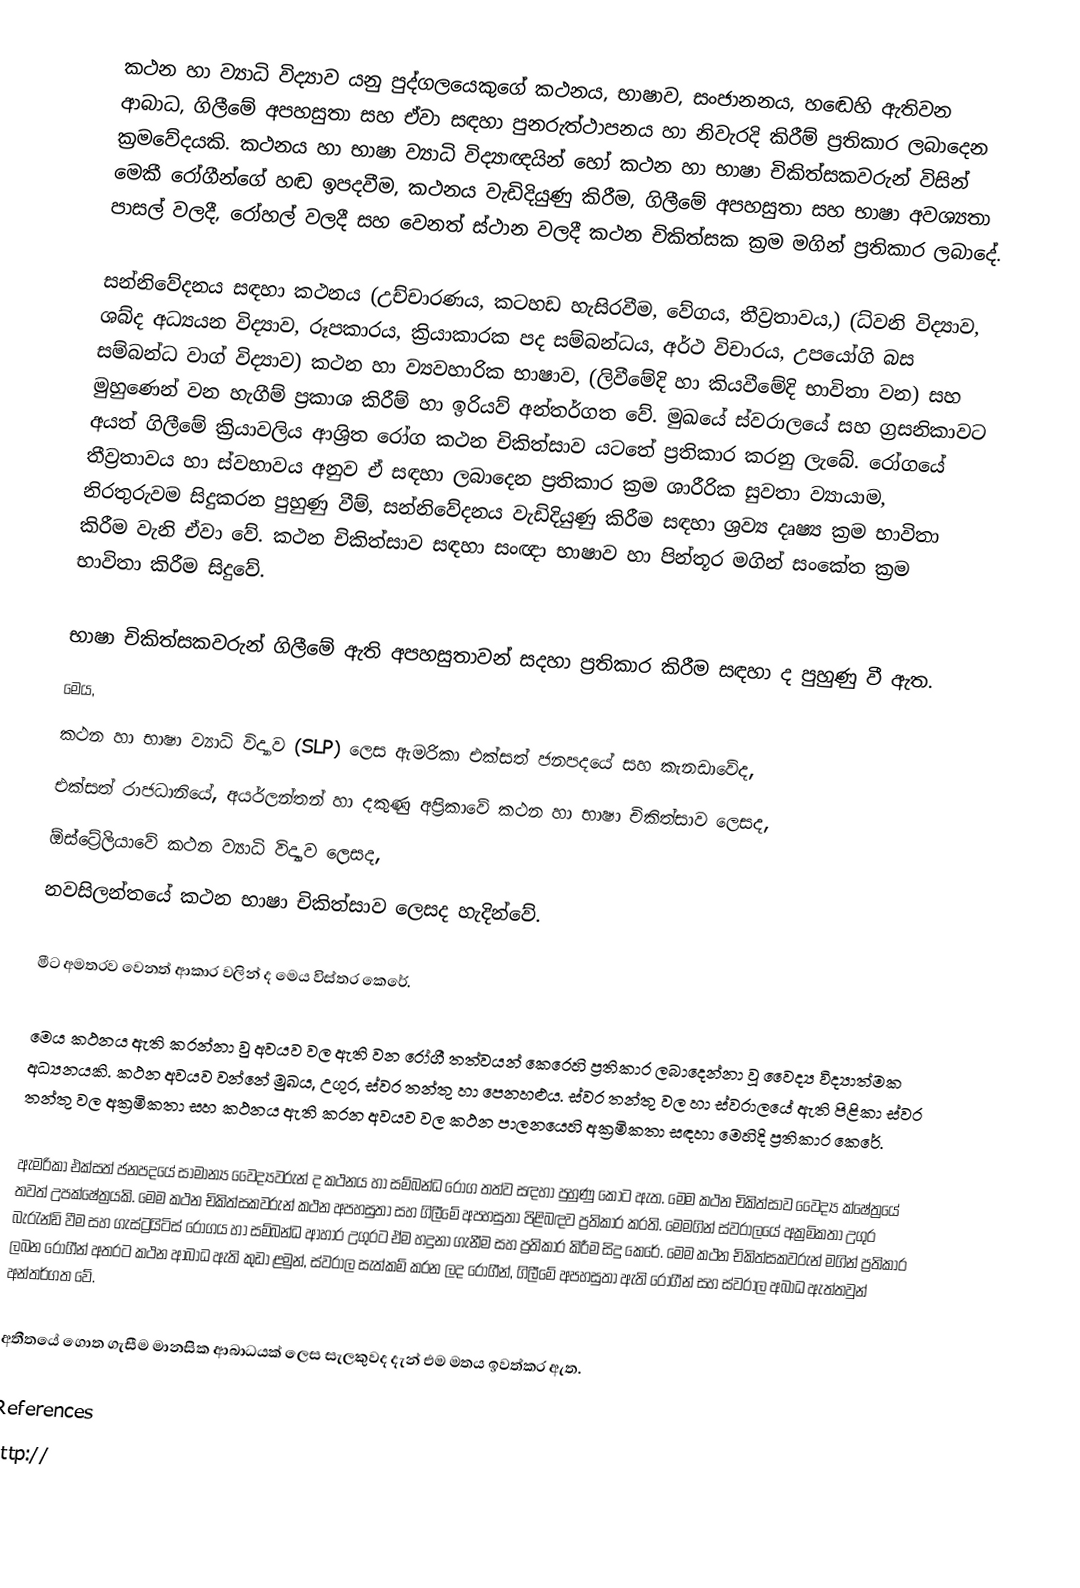
කථන හා ව්‍යාධි විද්‍යාව යනු පුද්ගලයෙකුගේ කථනය, භාෂාව, සංජානනය, හඬෙහි ඇතිවන ආබාධ, ගිලීමේ අපහසුතා සහ ඒවා සඳහා පුනරුත්ථාපනය හා නිවැරදි කිරීම් ප්‍රතිකාර ලබාදෙන  ක්‍රමවේදයකි.  කථනය හා භාෂා ව්‍යාධි විද්‍යාඥයින් හෝ  කථන හා භාෂා චිකිත්සකවරුන් විසින් මෙකී රෝගීන්ගේ හඬ ඉපදවීම, කථනය වැඩිදියුණු කිරීම, ගිලීමේ අපහසුතා සහ භාෂා අවශ්‍යතා පාසල් වලදී, රෝහල් වලදී සහ වෙනත් ස්ථාන වලදී කථන චිකිත්සක ක්‍රම මගින් ප්‍රතිකාර ලබාදේ.

සන්නිවේදනය සඳහා කථනය (උච්චාරණය, කටහඩ හැසිරවීම, වේගය, තීව්‍රතාවය,) (ධ්වනි විද්‍යාව, ශබ්ද අධ්‍යයන විද්‍යාව, රූපකාරය, ක්‍රියාකාරක පද සම්බන්ධය, අර්ථ විචාරය, උපයෝගි බස සම්බන්ධ වාග් විද්‍යාව) කථන හා ව්‍යවහාරික භාෂාව, (ලිවීමේදි හා කියවීමේදි භාවිතා වන) සහ මුහුණෙන් වන හැගීම් ප්‍රකාශ කිරීම් හා ඉරියව් අන්තර්ගත වේ. මුඛයේ ස්වරාලයේ සහ ග්‍රසනිකාවට අයත් ගිලීමේ ක්‍රියාවලිය ආශ්‍රිත රෝග කථන චිකිත්සාව යටතේ ප්‍රතිකාර කරනු ලැබේ. රෝගයේ  තීව්‍රතාවය හා ස්වභාවය අනුව ඒ සඳහා ලබාදෙන ප්‍රතිකාර ක්‍රම ශාරීරික සුවතා ව්‍යායාම, නිරතුරුවම සිදුකරන පුහුණු වීම්, සන්නිවේදනය වැඩිදියුණු කිරීම සඳහා ශ්‍රව්‍ය දෘෂ්‍ය ක්‍රම භාවිතා කිරීම වැනි ඒවා වේ. කථන චිකිත්සාව සඳහා සංඥා භාෂාව හා පින්තූර මගින් සංකේත ක්‍රම භාවිතා කිරීම සිදුවේ.

භාෂා චිකිත්සකවරුන් ගිලීමේ ඇති අපහසුතාවන් සදහා ප්‍රතිකාර කිරීම සඳහා ද පුහුණු වී ඇත.
මෙය,
	කථන හා භාෂා ව්‍යාධි විද්‍යාව (SLP) ලෙස ඇමරිකා එක්සත් ජනපදයේ සහ කැනඩාවේද,
	එක්සත් රාජධානියේ, අයර්ලන්තන් හා දකුණු අප්‍රිකාවේ කථන හා භාෂා චිකිත්සාව ලෙසද,
	ඕස්ට්‍රේලියාවේ  කථන ව්‍යාධි විද්‍යාව ලෙසද,
	නවසිලන්තයේ කථන භාෂා චිකිත්සාව ලෙසද හැදින්වේ.

මීට අමතරව වෙනත් ආකාර වලින් ද මෙය විස්තර කෙරේ.

මෙය කථනය ඇති කරන්නා වු අවයව වල ඇති වන රෝගී තත්වයන් කෙරෙහි ප්‍රතිකාර ලබාදෙන්නා වූ වෛද්‍ය විද්‍යාත්මක අධ්‍යනයකි. කථන අවයව වන්නේ මුඛය, උගුර, ස්වර තන්තු හා පෙනහළුය. ස්වර තන්තු වල හා ස්වරාලයේ ඇති පිළිකා ස්වර තන්තු වල අක්‍රමිකතා සහ කථනය ඇති කරන අවයව වල කථන පාලනයෙහි අක්‍රමිකතා සඳහා මෙහිදි ප්‍රතිකාර කෙරේ.

ඇමරිකා එක්සත් ජනපදයේ සාමාන්‍ය වෛද්‍යවරුන් ද කථනය හා සම්බන්ධ රෝග තත්ව සඳහා පුහුණු කොට ඇත. මෙම කථන චිකිත්සාව වෛද්‍ය ක්ෂේත්‍රයේ තවත් උපක්ෂේත්‍රයකි. මෙම කථන චිකිත්සකවරුන් කථන අපහසුතා සහ ගිලීමේ අපහසුතා පිළිබඳව ප්‍රතිකාර කරති. මෙමගින් ස්වරාලයේ අක්‍රමිකතා උගුර බැරැන්ඩි වීම සහ ගැස්ට්‍රයිටිස් රෝගය හා සම්බන්ධ ආහාර උගුරට ඒම හදුනා ගැනීම සහ ප්‍රතිකාර කිරීම සිදු කෙරේ. මෙම කථන චිකිත්සකවරුන් මගින් ප්‍රතිකාර ලබන රෝගීන් අතරට කථන  ආබාධ ඇති කුඩා ළමුන්, ස්වරාල සැත්කම් කරන ලද රෝගීන්, ගිලීමේ අපහසුතා ඇති රෝගීන් සහ ස්වරාල අබාධ ඇත්තවුන් අන්තර්ගත වේ.

අතීතයේ ගොත ගැසීම මානසික ආබාධයක් ලෙස සැලකුවද දැන් එම මතය ඉවත්කර ඇත.

References
http://